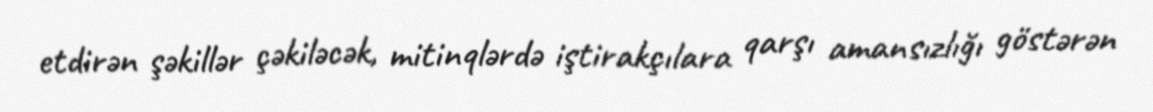
etdirən şəkillər çəkiləcək, mitinqlərdə iştirakçılara qarşı amansızlığı göstərən